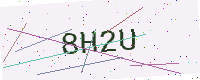
Text: 8H2U